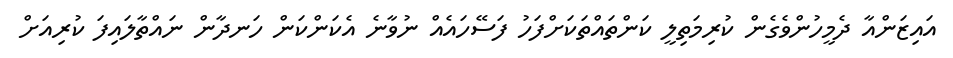
އައިޒަންއާ ދެމީހުންވެގެން ކުރިމަތިލީ ކަންތައްތަކަށްފަހު ފަސޭހައެއް ނުވާނެ އެކަންކަން ހަނދާން ނައްތާލައިފަ ކުރިއަށް